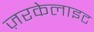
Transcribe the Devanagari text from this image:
ज़रकेलाइट